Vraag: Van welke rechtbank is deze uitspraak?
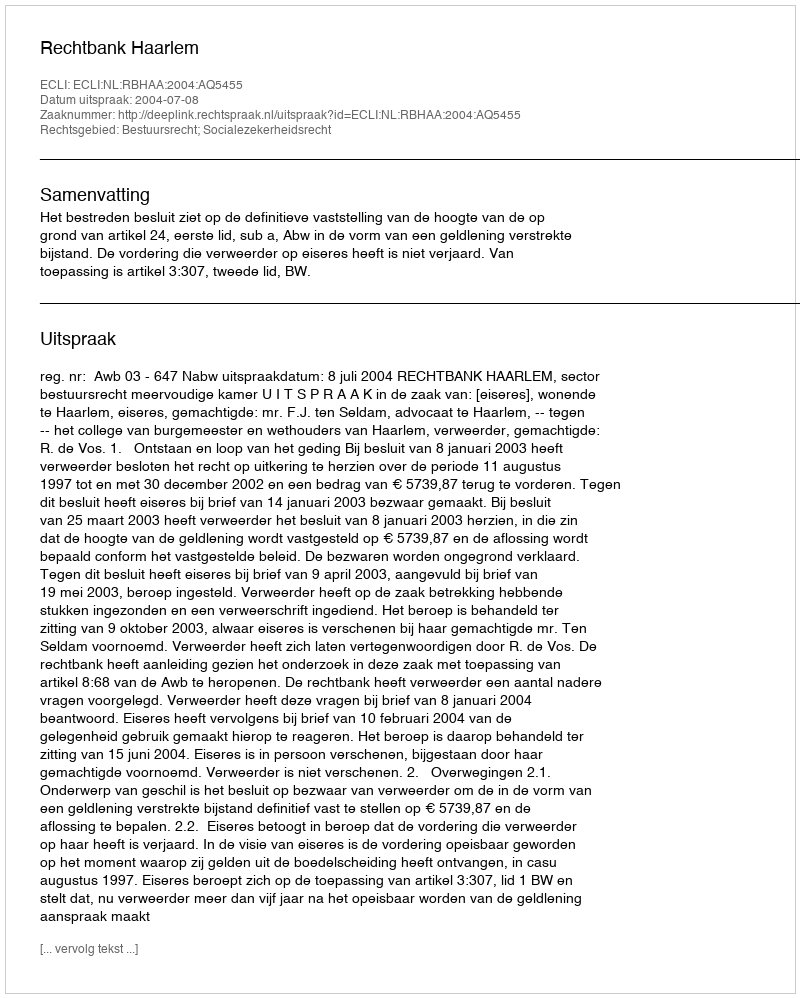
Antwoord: Rechtbank Haarlem